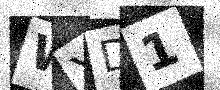
Text: WYD1